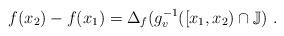
LaTeX: \begin{align*}f(x_2)-f(x_1) = \Delta_f(g^{-1}_v([x_1, x_2)\cap {\mathbb J})\ .\end{align*}